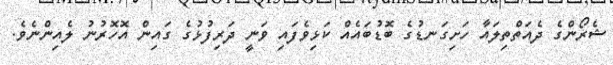
ޝެރޯންގެ ދެއަތްތިލައާ ހަށިގަނޑުގެ ބޮޑުބައެއް ކަޅިވެފައި ވަނީ ދަރިފުޅުގެ ގައިން އޮހޮރުނު ލެއިންނެވެ.